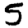
Digit: 5